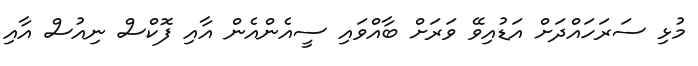
މުޅި ސަރަހައްދަށް އަޑުއިވޭ ވަރަށް ބާއްވައި ސީއެންއެން އާއި ފޮކްސް ނިއުސް އާއި